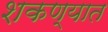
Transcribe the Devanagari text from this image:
शकण्यात